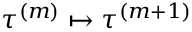
\tau ^ { ( m ) } \mapsto \tau ^ { ( m + 1 ) }